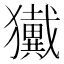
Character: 𱮮